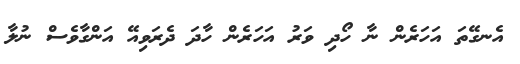
އެނގޭތަ އަހަރެން ނާ ހޯދި ވަރު އަހަރެން ހާދަ ދެރަވިއޭ އަންގާވެސް ނުލާ